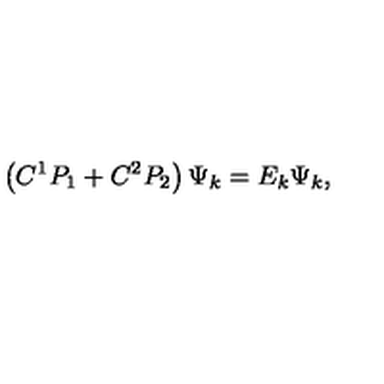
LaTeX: \left( C ^ { 1 } P _ { 1 } + C ^ { 2 } P _ { 2 } \right) \Psi _ { k } = E _ { k } \Psi _ { k } ,